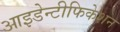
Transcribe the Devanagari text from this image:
आइडेन्टीफिकेशन